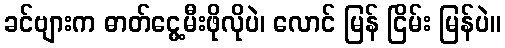
ခင်ဗျားက ဓာတ်ငွေ့မီးဖိုလိုပဲ၊ လောင် မြန် ငြိမ်း မြန်ပဲ။